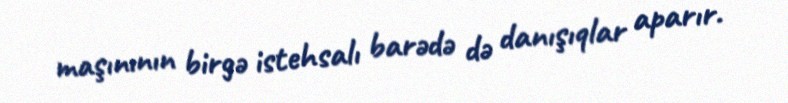
maşınının birgə istehsalı barədə də danışıqlar aparır.